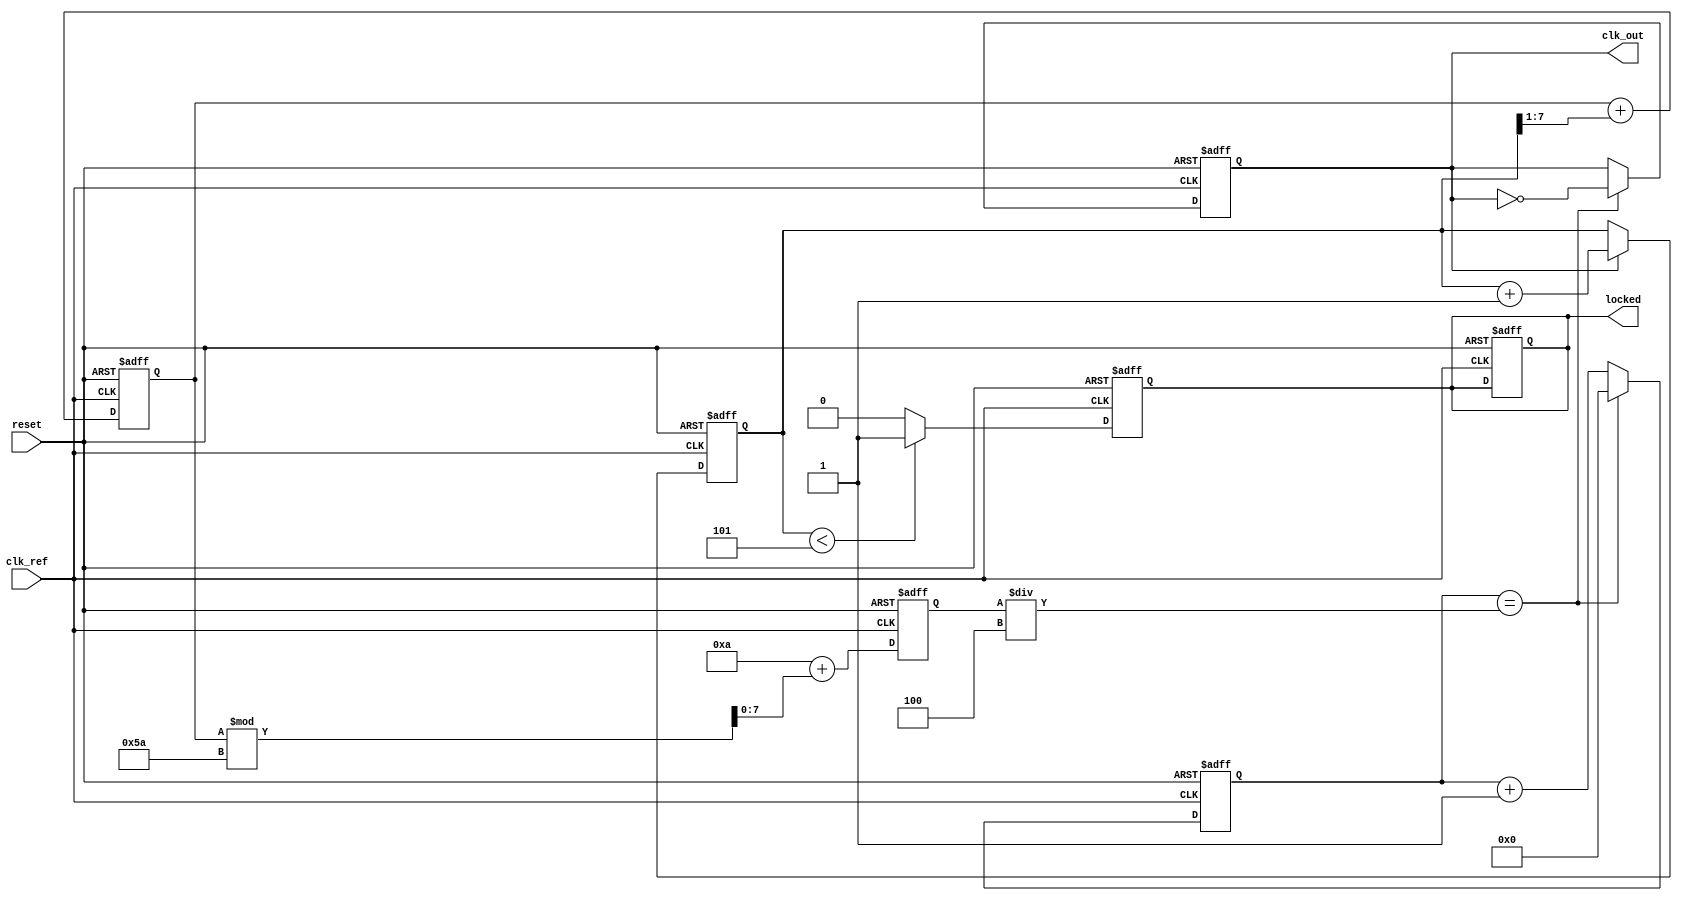
module low_jitter_pll (
    input wire clk_ref,         // Reference clock input
    input wire reset,          // Reset signal
    output reg clk_out,        // Output clock
    output wire locked         // Lock indicator
);

    // Parameters
    parameter integer N = 4;   // Frequency division factor
    parameter integer VCO_MAX_FREQ = 100; // Max VCO frequency (arbitrary units)
    parameter integer VCO_MIN_FREQ = 10;  // Min VCO frequency (arbitrary units)

    // Internal signals
    reg [7:0] phase_error;     // Phase error from PD
    reg [7:0] control_voltage;  // Control voltage for VCO
    reg [7:0] vco_freq;         // Current VCO frequency
    reg [31:0] counter;         // Counter for frequency division
    reg [31:0] clk_div;         // Clock divider counter
    reg locked_reg;             // Lock status register

    // Phase Detector (PD)
    always @(posedge clk_ref or posedge reset) begin
        if (reset) begin
            phase_error <= 8'b0;
        end else begin
            // Simple phase error calculation (example logic)
            // This would be more complex in a real implementation
            if (clk_out) begin
                phase_error <= phase_error + 1; // Example increment
            end
        end
    end

    // Loop Filter (LF)
    always @(posedge clk_ref or posedge reset) begin
        if (reset) begin
            control_voltage <= 8'b0;
        end else begin
            // Simple low-pass filter (example logic)
            control_voltage <= control_voltage + (phase_error >> 1); // Example smoothing
        end
    end

    // Voltage-Controlled Oscillator (VCO)
    always @(posedge clk_ref or posedge reset) begin
        if (reset) begin
            vco_freq <= VCO_MIN_FREQ;
        end else begin
            // Adjust VCO frequency based on control voltage
            vco_freq <= VCO_MIN_FREQ + (control_voltage % (VCO_MAX_FREQ - VCO_MIN_FREQ));
        end
    end

    // Frequency Divider
    always @(posedge clk_ref or posedge reset) begin
        if (reset) begin
            counter <= 32'b0;
            clk_out <= 1'b0;
            locked_reg <= 1'b0;
        end else begin
            // Simple frequency division logic
            if (counter == (vco_freq / N)) begin
                clk_out <= ~clk_out;
                counter <= 32'b0;
            end else begin
                counter <= counter + 1;
            end
        end
    end

    // Lock detection (simple example)
    always @(posedge clk_ref or posedge reset) begin
        if (reset) begin
            locked_reg <= 1'b0;
        end else begin
            // Example lock condition (this would be more complex)
            if (phase_error < 8'd5) begin
                locked_reg <= 1'b1;
            end else begin
                locked_reg <= 1'b0;
            end
        end
    end

    assign locked = locked_reg;

endmodule